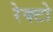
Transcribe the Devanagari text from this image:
रेक्टो